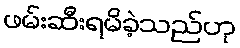
ဖမ်းဆီးရမိခဲ့သည်ဟု